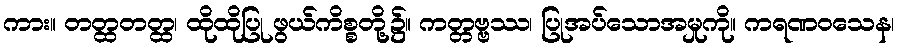
ကား။ တတ္ထတတ္ထ၊ ထိုထိုပြု ဖွယ်ကိစ္စတို့၌။ ကတ္တဗ္ဗဿ၊ ပြုအပ်သောအမှုကို။ ကရဏဝသေန၊